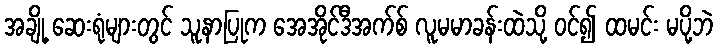
အချို့ ဆေးရုံများတွင် သူနာပြုက အေအိုင်ဒီအက်စ် လူမမာခန်းထဲသို့ ဝင်၍ ထမင်း မပို့ဘဲ